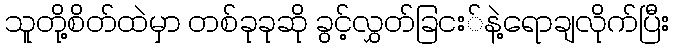
သူတို့စိတ်ထဲမှာ တစ်ခုခုဆို ခွင့်လွှတ်ခြငး်နဲ့ရောချလိုက်ပြီး